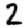
Digit: 2